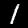
Label: 1